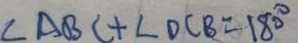
\angle A B C + \angle D C B = 1 8 0 ^ { \circ }